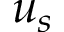
u _ { s }